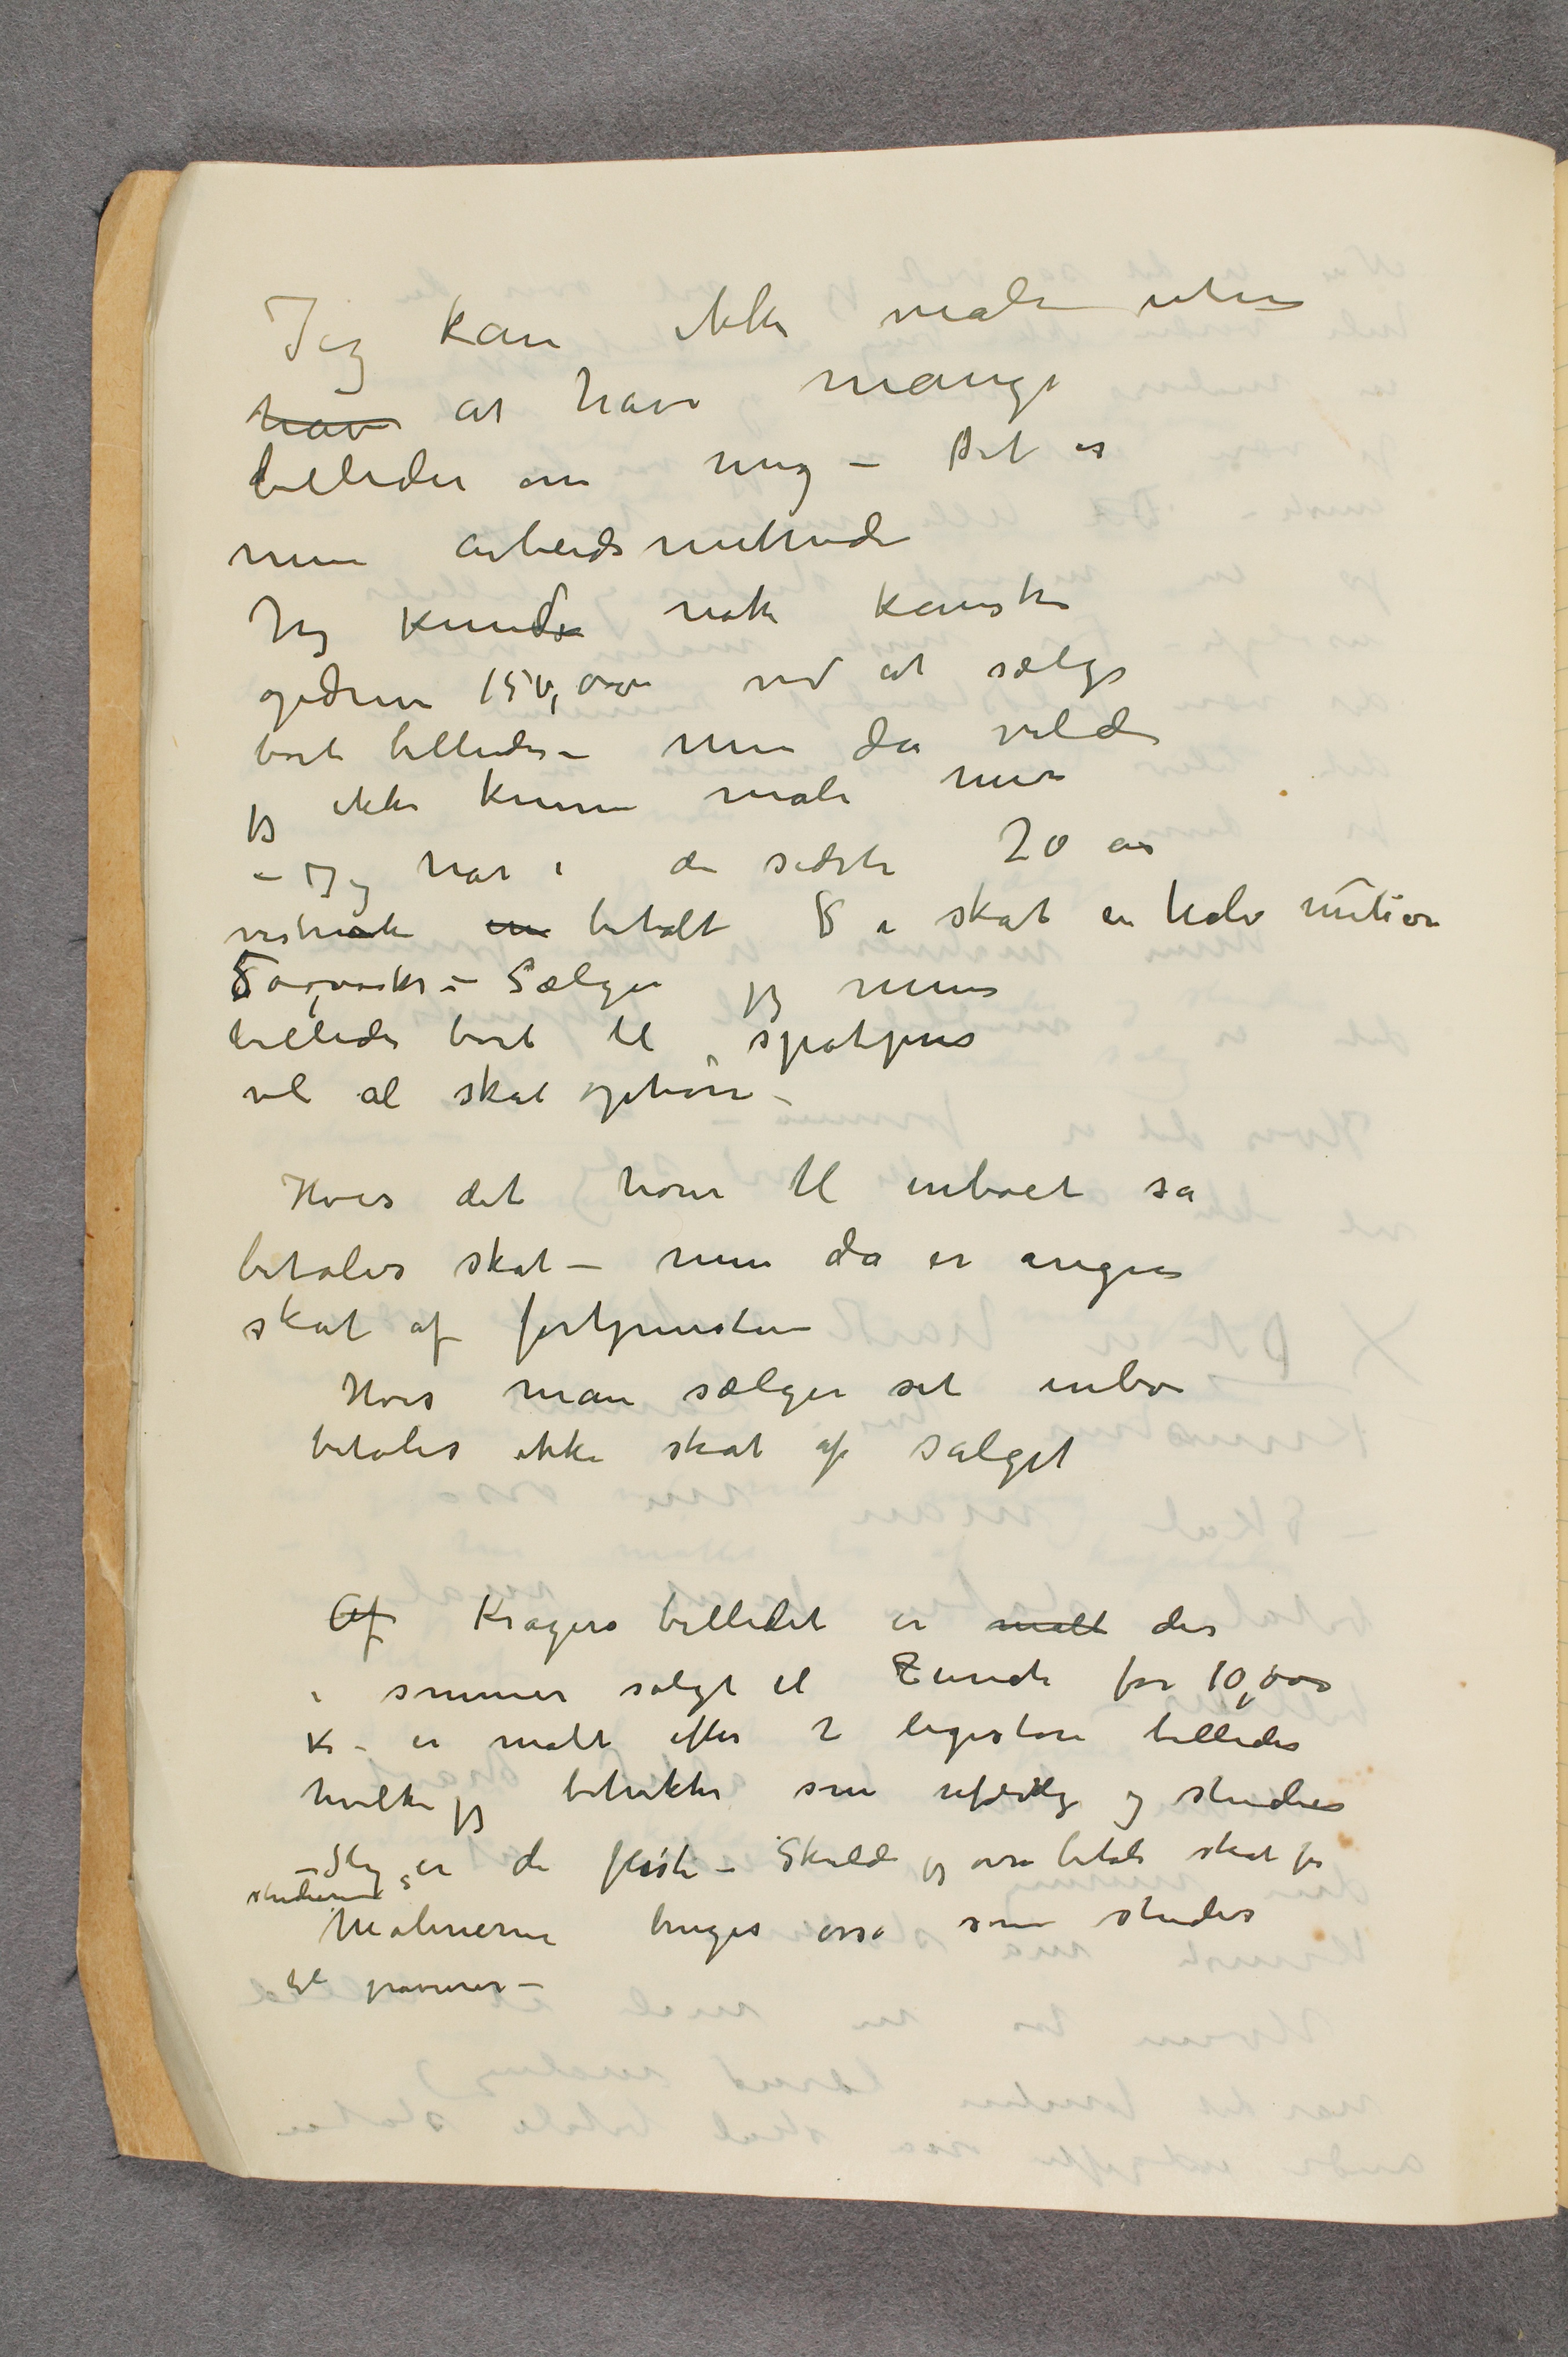
Jeg kan ikke male uten
hav at have mange
billeder om mig – Det er
min arbeidsmethode
Jeg kunde nok kanske
opdrive 150,000 ved at sælge
bort billeder – Men da vilde
jeg ikke kunne male mer
 – Jeg har i de sidste 20 år
vistnok in betalt S i skat en halv milion
500,000 kr – Sælger jeg mere
billeder bort til spotpris
vil al skat ophøre –
Hvis det hører til inboet så
betales skat – men da er ingen
skat af fortjenesten
Hvis man sælger sit inbo
betales ikke skat af salget
Af Kragerø billedet er malt der
i sommer solgt til Zürich for 10,000
Kr. er malt efter 2 ligestore billeder
hvilke jeg betrakter som ufærdige og studier
– Slig er de fleste – Skulde jeg osså betale skat for
studierne?
Malerierne bruges osså som studier
til gravurer –